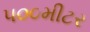
૫૦૦મીટર